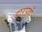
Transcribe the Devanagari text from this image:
हारपुर्ह्ये